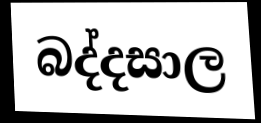
බද්දසාල